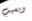
وبسبب